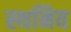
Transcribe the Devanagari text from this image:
स्थनिय